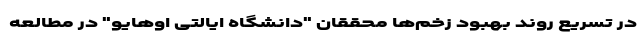
در تسریع روند بهبود زخم‌ها محققان "دانشگاه ایالتی اوهایو" در مطالعه